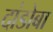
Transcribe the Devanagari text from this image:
दांडोबा